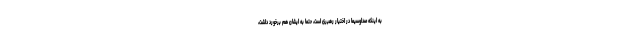
به اینكه صداوسیما در اختیار رهبرى است، حتما به ایشان هم برخورد داشت،